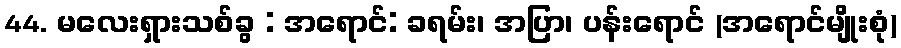
44. မလေးရှားသစ်ခွ : အရောင်: ခရမ်း၊ အပြာ၊ ပန်းရောင် (အရောင်မျိုးစုံ)